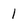
Character: 1